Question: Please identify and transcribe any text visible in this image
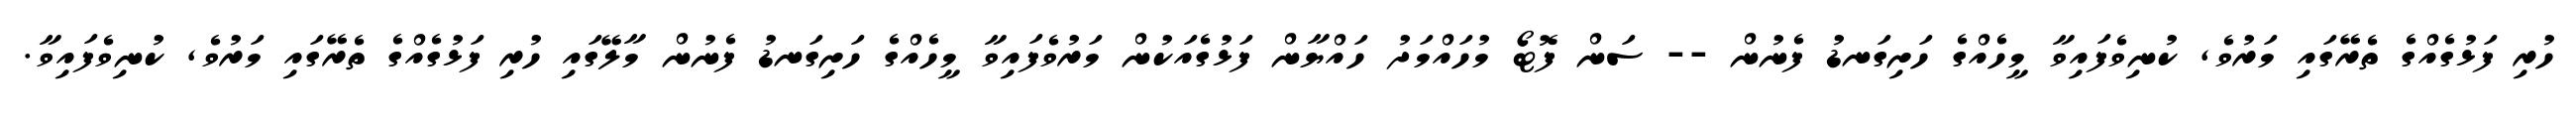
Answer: ހުރި ފަޅުގެއްގެ ތެރޭގައި މަރުވެ, ކުނިވެފައިވާ މީހެއްގެ ހަށިގަނޑު ފެނުން -- ސަން ފޮޓޯ މުހައްމަދު ހައްޔާން ފަޅުގެއަކުން މަރުވެފައިވާ މީހެއްގެ ހަށިގަނޑު ފެނުން މާލޭގައި ހުރި ފަޅުގެއްގެ ތެރޭގައި މަރުވެ, ކުނިވެފައިވާ.